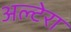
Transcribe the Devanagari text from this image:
अल्टेरा